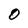
Character: 0